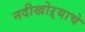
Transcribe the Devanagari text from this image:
नदीखोऱ्याचे